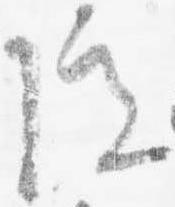
院